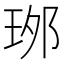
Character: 𤥌